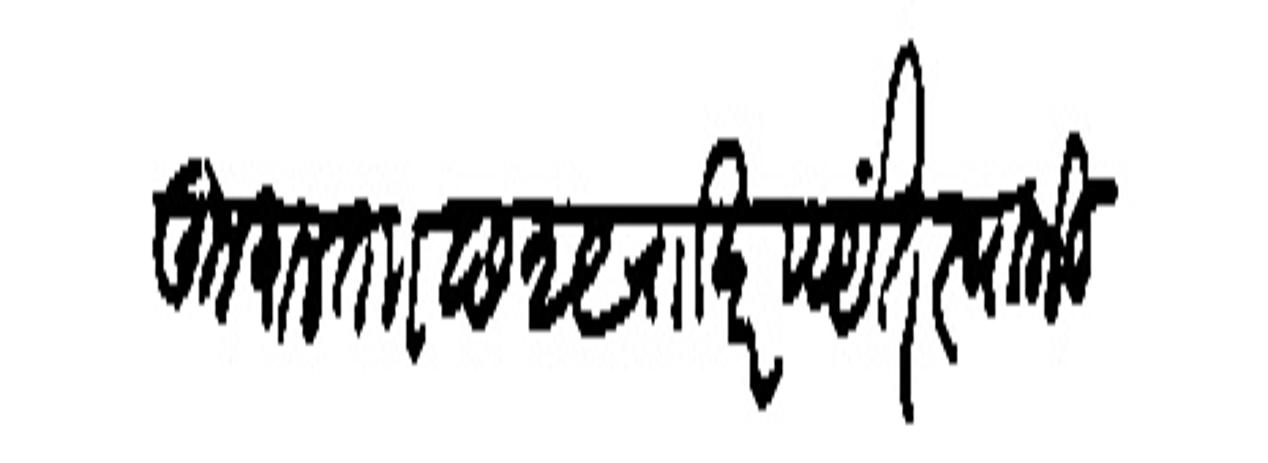
Transliteration (Devanagari): कुशल ता छ २९ रााखर पर्यंत स्वामी